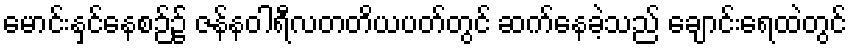
မောင်းနှင်နေစဉ်၌ ဇန်နဝါရီလတတိယပတ်တွင် ဆက်နေခဲ့သည် ချောင်းရေထဲတွင်